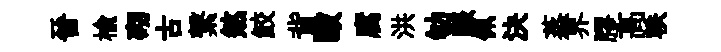
晉榆砌古繋煞鮫背毆腐洪劬賑佩決蒸界膠髙軼